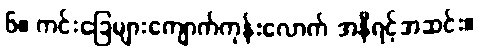
၆။ ကင်းခြေများကျောက်ကုန်းလောက် အနီရင့်အဆင်း။